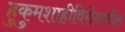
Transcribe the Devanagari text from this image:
हुकुमशाहीविरोधातील